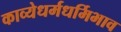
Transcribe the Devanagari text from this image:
काव्येधर्मधर्मिभाव